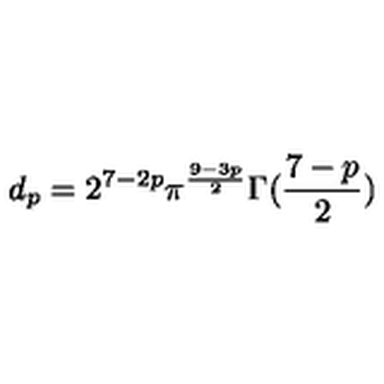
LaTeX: d _ { p } = 2 ^ { 7 - 2 p } \pi ^ { \frac { 9 - 3 p } { 2 } } \Gamma ( \frac { 7 - p } { 2 } )